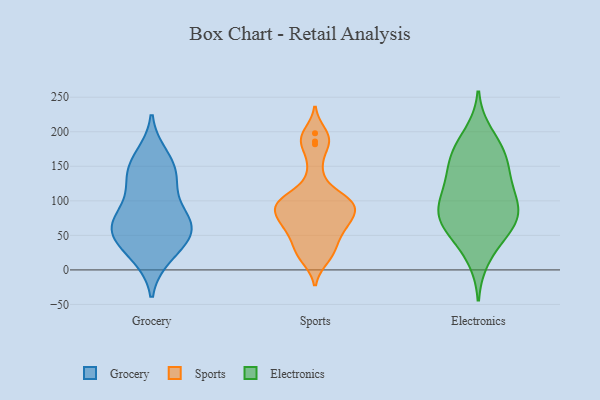
{"axis": {"x": "Satisfaction Score", "y": "Value"}, "legend": ["Electronics", "Grocery", "Sports"], "data": [{"x": "", "y": 106, "type": "Grocery"}, {"x": "", "y": 142, "type": "Grocery"}, {"x": "", "y": 130, "type": "Grocery"}, {"x": "", "y": 61, "type": "Grocery"}, {"x": "", "y": 148, "type": "Grocery"}, {"x": "", "y": 70, "type": "Grocery"}, {"x": "", "y": 70, "type": "Grocery"}, {"x": "", "y": 21, "type": "Grocery"}, {"x": "", "y": 27, "type": "Grocery"}, {"x": "", "y": 164, "type": "Grocery"}, {"x": "", "y": 48, "type": "Grocery"}, {"x": "", "y": 64, "type": "Grocery"}, {"x": "", "y": 60, "type": "Grocery"}, {"x": "", "y": 186, "type": "Sports"}, {"x": "", "y": 22, "type": "Sports"}, {"x": "", "y": 102, "type": "Sports"}, {"x": "", "y": 44, "type": "Sports"}, {"x": "", "y": 66, "type": "Sports"}, {"x": "", "y": 102, "type": "Sports"}, {"x": "", "y": 32, "type": "Sports"}, {"x": "", "y": 86, "type": "Sports"}, {"x": "", "y": 198, "type": "Sports"}, {"x": "", "y": 95, "type": "Sports"}, {"x": "", "y": 144, "type": "Sports"}, {"x": "", "y": 97, "type": "Sports"}, {"x": "", "y": 16, "type": "Sports"}, {"x": "", "y": 182, "type": "Sports"}, {"x": "", "y": 78, "type": "Sports"}, {"x": "", "y": 81, "type": "Sports"}, {"x": "", "y": 60, "type": "Sports"}, {"x": "", "y": 105, "type": "Sports"}, {"x": "", "y": 62, "type": "Sports"}, {"x": "", "y": 159, "type": "Electronics"}, {"x": "", "y": 92, "type": "Electronics"}, {"x": "", "y": 73, "type": "Electronics"}, {"x": "", "y": 115, "type": "Electronics"}, {"x": "", "y": 69, "type": "Electronics"}, {"x": "", "y": 114, "type": "Electronics"}, {"x": "", "y": 71, "type": "Electronics"}, {"x": "", "y": 17, "type": "Electronics"}, {"x": "", "y": 84, "type": "Electronics"}, {"x": "", "y": 101, "type": "Electronics"}, {"x": "", "y": 197, "type": "Electronics"}, {"x": "", "y": 44, "type": "Electronics"}, {"x": "", "y": 62, "type": "Electronics"}, {"x": "", "y": 177, "type": "Electronics"}, {"x": "", "y": 170, "type": "Electronics"}, {"x": "", "y": 148, "type": "Electronics"}, {"x": "", "y": 141, "type": "Electronics"}]}